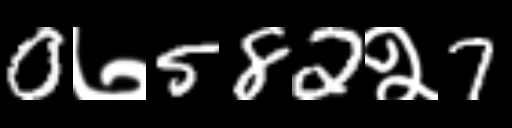
Text: 0७582२7